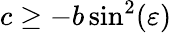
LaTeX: c\geq-b\sin^{2}(\varepsilon)